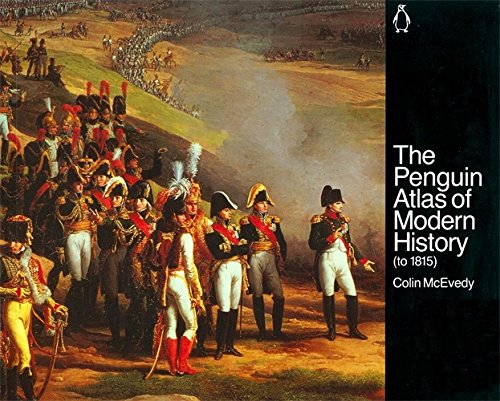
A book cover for The Penguin Atlas of Modern History : to 1815 (Hist Atlas); Colin McEvedy; History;